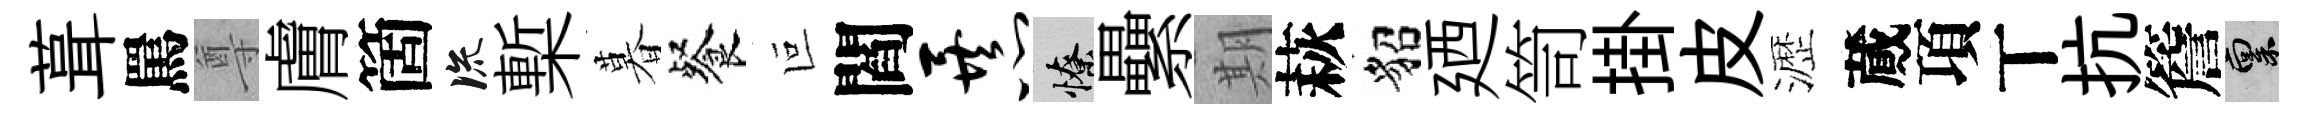
葺罵尊膚箇流槧暮餐叵閻暴憭纍期萩貂廼笥掛皮瀝蕆項丅抗簷禀